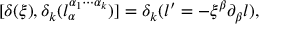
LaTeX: [ \delta ( \xi ) , \delta _ { k } ( l _ { \alpha } ^ { \alpha _ { 1 } \cdots \alpha _ { k } } ) ] = \delta _ { k } ( l ^ { \prime } = - \xi ^ { \beta } \partial _ { \beta } l ) ,